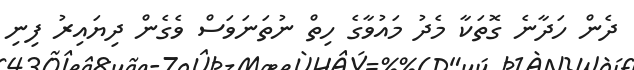
ދެން ހަދާނެ ގޮތަކާ މެދު މައުވާގެ ހިތް ނުތަނަވަސް ވެގެން ދިޔައިރު ފިނި